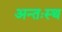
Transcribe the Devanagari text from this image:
अन्तःस्थ